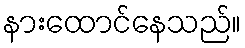
နားထောင်နေသည်။